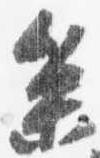
参